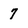
Character: 7